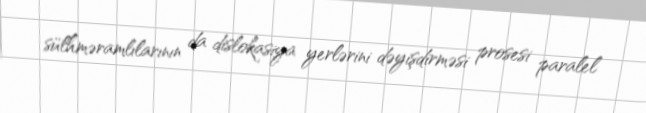
sülhməramlılarının da dislokasiya yerlərini dəyişdirməsi prosesi paralel